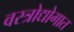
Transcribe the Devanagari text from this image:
वस्त्रोद्योगात